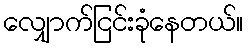
လျှောက်ငြင်းခုံနေတယ်။